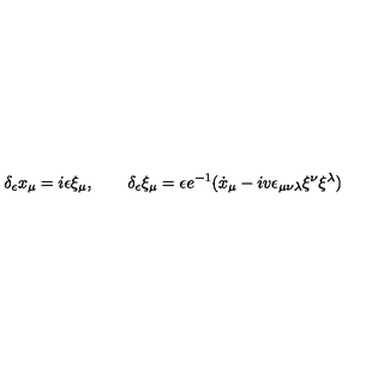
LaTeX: \delta _ { \epsilon } x _ { \mu } = i \epsilon \xi _ { \mu } , \qquad \delta _ { \epsilon } \xi _ { \mu } = \epsilon e ^ { - 1 } ( \dot { x } _ { \mu } - i v \epsilon _ { \mu \nu \lambda } \xi ^ { \nu } \xi ^ { \lambda } )